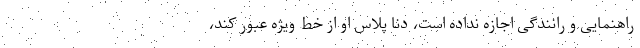
راهنمایی و رانندگی اجازه نداده است، دنا پلاس او از خط ویژه عبور کند،